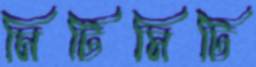
মিটিমিটি